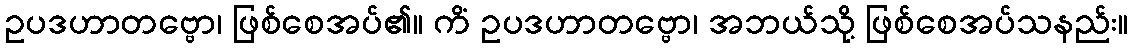
ဥပဒဟာတဗ္ဗော၊ ဖြစ်စေအပ်၏။ ကိံ ဥပဒဟာတဗ္ဗော၊ အဘယ်သို့ ဖြစ်စေအပ်သနည်း။